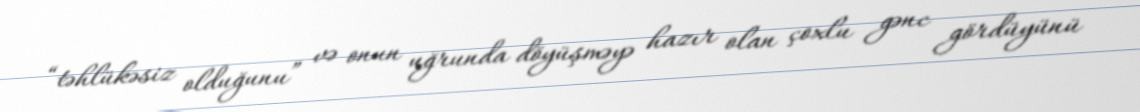
“təhlükəsiz olduğunu” və onun uğrunda döyüşməyə hazır olan çoxlu gənc gördüyünü